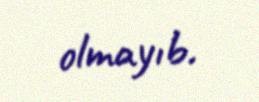
olmayıb.